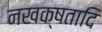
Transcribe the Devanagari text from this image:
नखक्षतादि